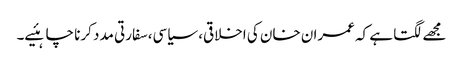
مجھے لگتا ہے کہ عمران خان کی اخلاقی، سیاسی،سفارتی مدد کرنا چاہئیے۔